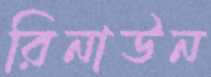
রিনাউন